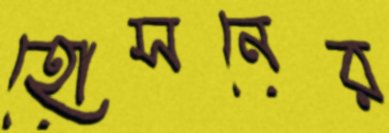
হোসনের